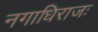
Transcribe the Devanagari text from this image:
नगाधिराजः